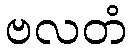
ဗလတံ